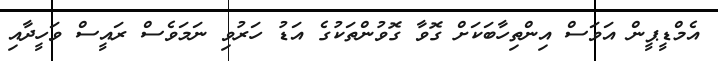
އެމްޑީޕީން އަވަސް އިންތިހާބަކަށް ގޮވާ ގޮވުންތަކުގެ އަޑު ހަރުވި ނަމަވެސް ރައީސް ވަހީދާއި